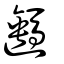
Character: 𨙦